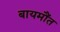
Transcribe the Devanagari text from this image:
बायमौंत